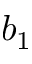
b _ { 1 }